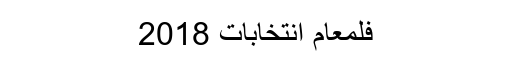
فلمعام انتخابات 2018